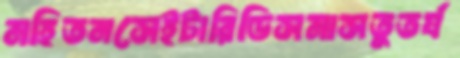
মহিতনসেইটারিডিসমাসতুতর‍্য